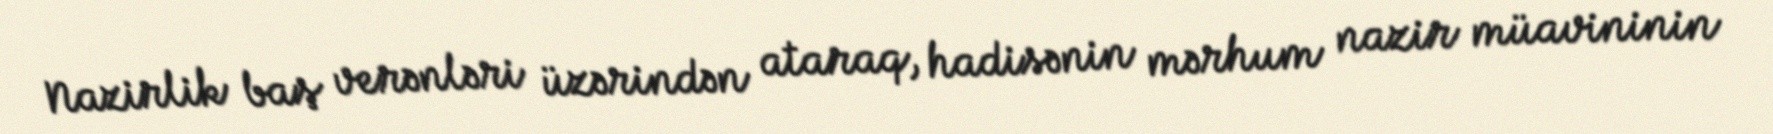
Nazirlik baş verənləri üzərindən ataraq, hadisənin mərhum nazir müavininin